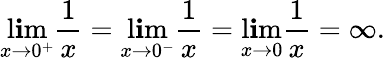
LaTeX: \operatorname*{l\mathbf{i}m}_{x\to0^{+}}{\frac{{1}}{{x}}}=\operatorname*{l\mathbf{i}m}_{x\to0^{-}}{\frac{{1}}{{x}}}=\operatorname*{l\mathbf{i}m}_{x\to0}{\frac{{1}}{{x}}}=\infty.